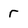
Character: r